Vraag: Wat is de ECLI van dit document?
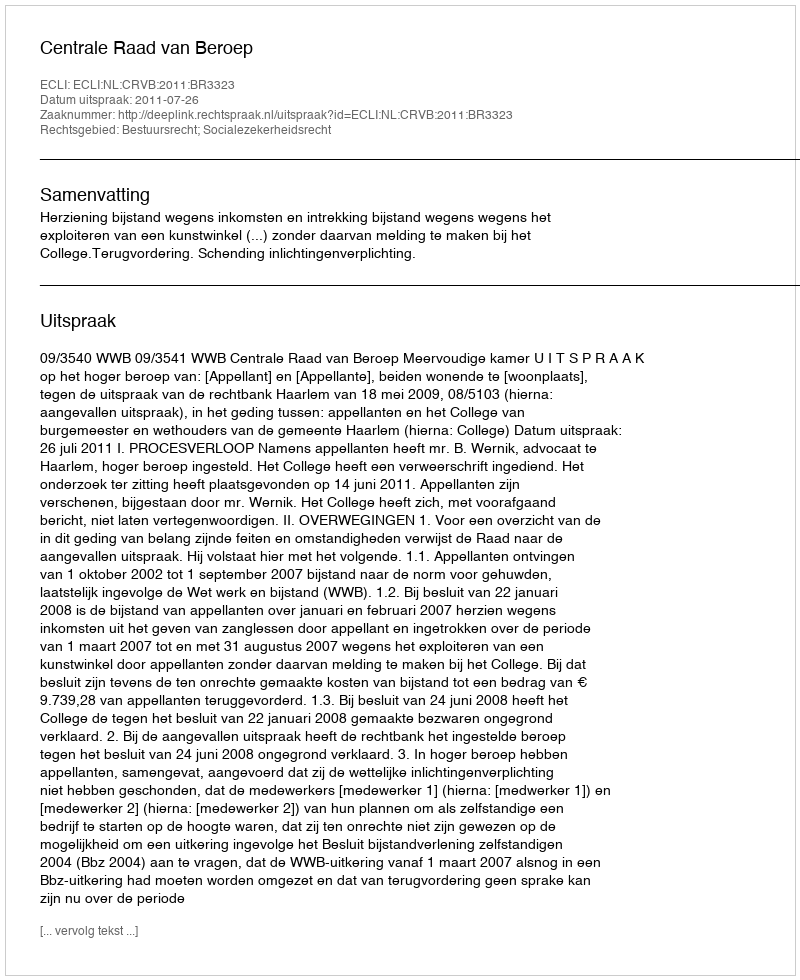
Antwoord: ECLI:NL:CRVB:2011:BR3323